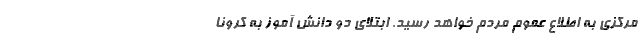
مرکزی به اطلاع عموم مردم خواهد رسید. ابتلای دو دانش آموز به کرونا